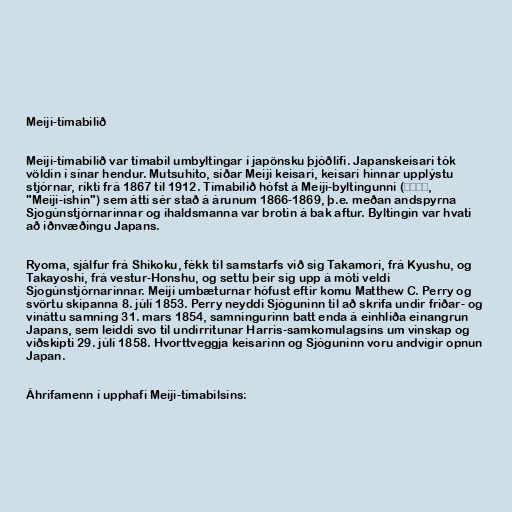
Meiji-tímabilið

Meiji-tímabilið var tímabil umbyltingar í japönsku þjóðlífi. Japanskeisari tók
völdin í sínar hendur. Mutsuhito, síðar Meiji keisari, keisari hinnar upplýstu
stjórnar, ríkti frá 1867 til 1912. Tímabilið hófst á Meiji-byltingunni (明治維新,
"Meiji-ishin") sem átti sér stað á árunum 1866-1869, þ.e. meðan andspyrna
Sjogúnstjórnarinnar og íhaldsmanna var brotin á bak aftur. Byltingin var hvati
að iðnvæðingu Japans.

Ryoma, sjálfur frá Shikoku, fékk til samstarfs við sig Takamori, frá Kyushu, og
Takayoshi, frá vestur-Honshu, og settu þeir sig upp á móti veldi
Sjogúnstjórnarinnar. Meiji umbæturnar hófust eftir komu Matthew C. Perry og
svörtu skipanna 8. júlí 1853. Perry neyddi Sjóguninn til að skrifa undir friðar- og
vináttu samning 31. mars 1854, samningurinn batt enda á einhliða einangrun
Japans, sem leiddi svo til undirritunar Harris-samkomulagsins um vinskap og
viðskipti 29. júlí 1858. Hvorttveggja keisarinn og Sjóguninn voru andvígir opnun
Japan.

Áhrifamenn í upphafi Meiji-tímabilsins: